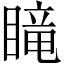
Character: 𥉫